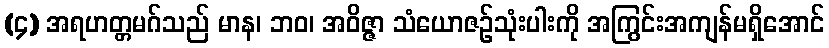
(၄) အရဟတ္တမဂ်သည် မာန၊ ဘဝ၊ အဝိဇ္ဇာ သံယောဇဉ်သုံးပါးကို အကြွင်းအကျန်မရှိအောင်